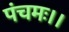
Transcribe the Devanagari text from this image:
पंचमः।।